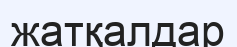
жатқалдар